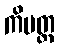
ကိမတ္ထ